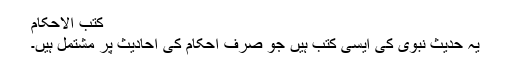
کتب الاحکام
یہ حدیث نبوی کی ایسی کتب ہیں جو صرف احکام کی احادیث پر مشتمل ہیں۔